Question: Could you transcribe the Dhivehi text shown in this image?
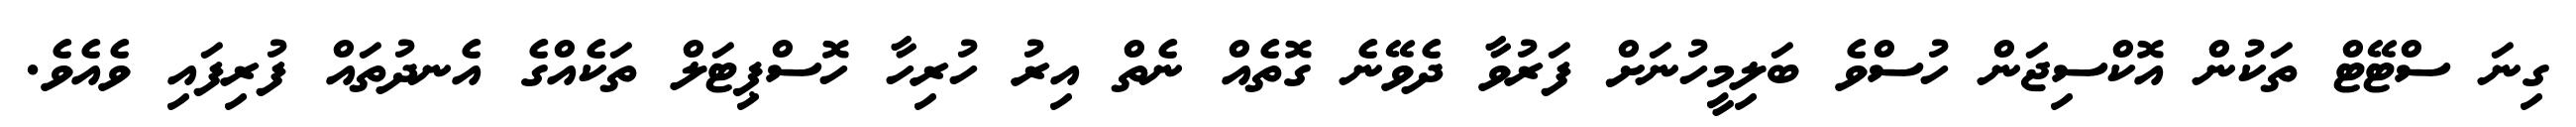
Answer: ގިނަ ސްޓޭޓް ތަކުން އޮކްސިޖަން ހުސްވެ ބަލިމީހުނަށް ފަރުވާ ދެވޭނެ ގޮތެއް ނެތް އިރު ހުރިހާ ހޮސްޕިޓަލް ތަކެއްގެ އެނދުތައް ފުރިފައި ވެއެވެ.